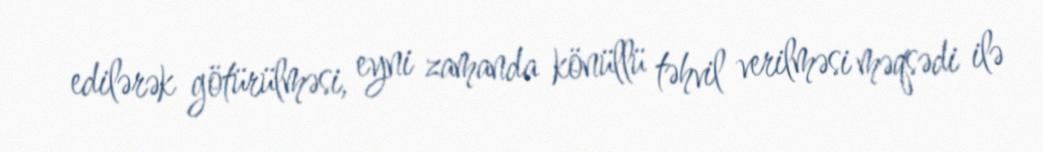
edilərək götürülməsi, eyni zamanda könüllü təhvil verilməsi məqsədi ilə